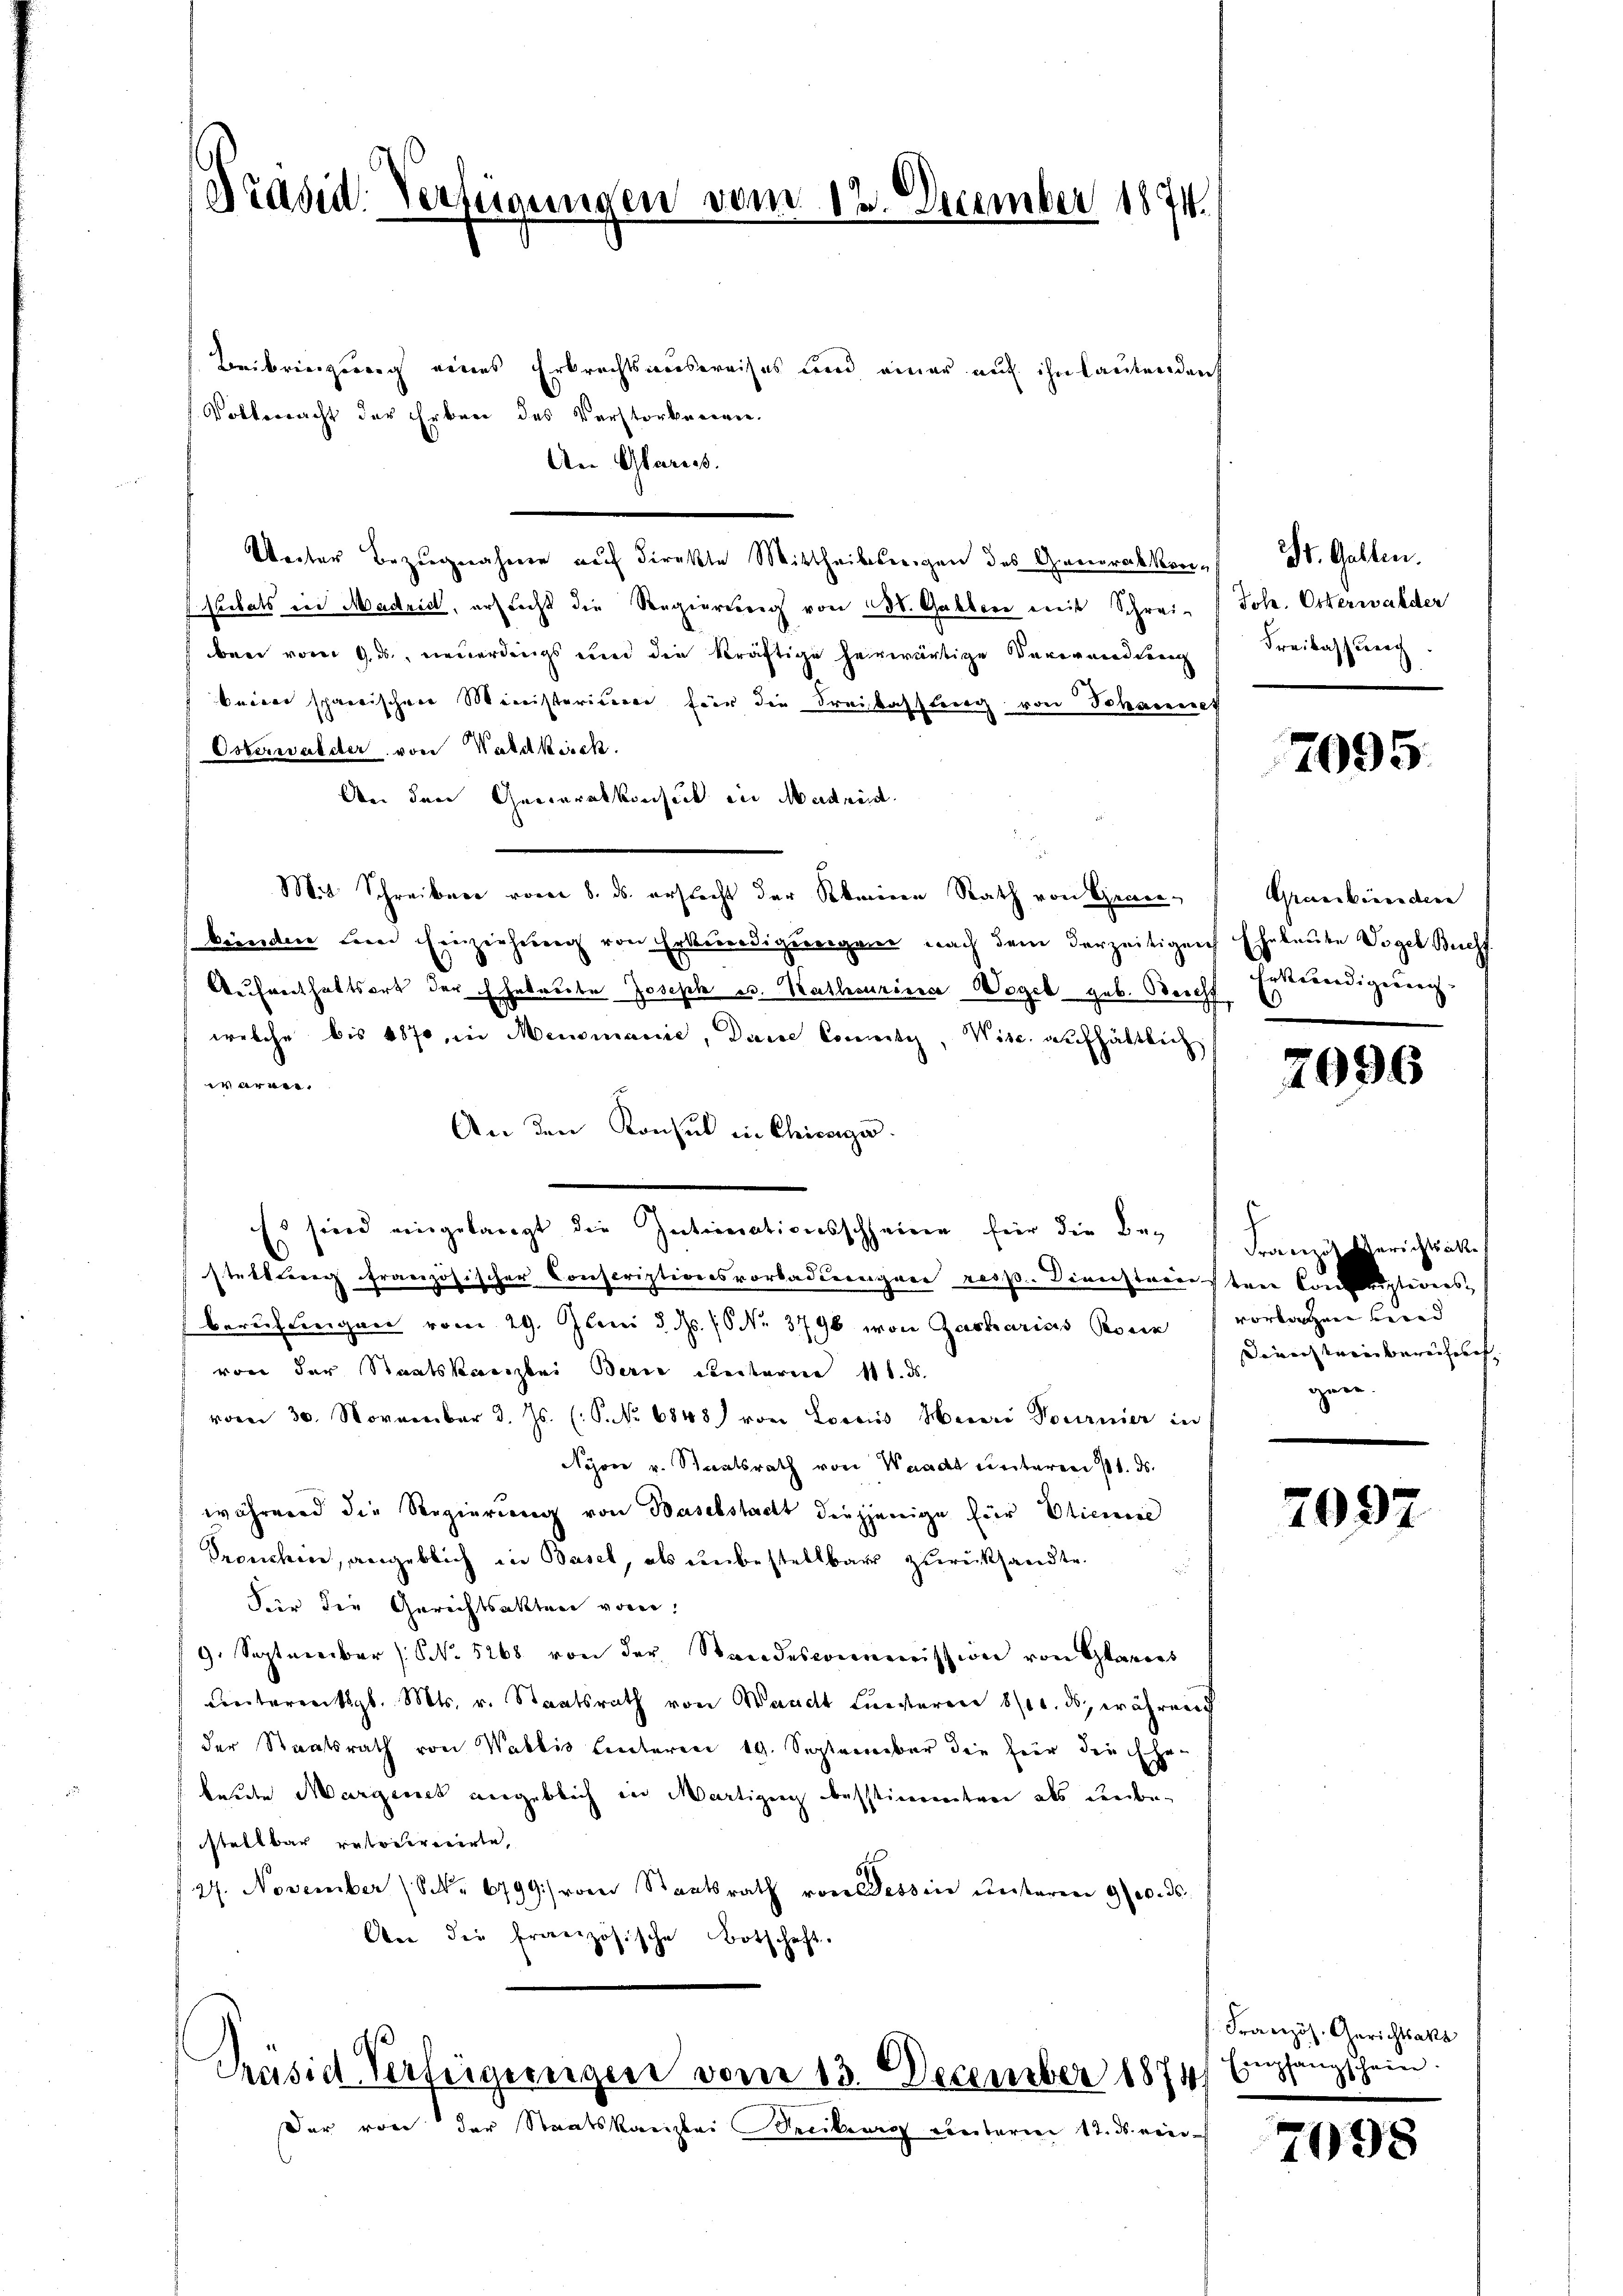
Präsid. Verfügungen vom 12. December 1874.

Beibrienzung eines Erbrechtsaussereises und einer auf ihn lautenden
(Volkerracht der Erbrei des Verstorbeneren.
An Glaruss.
Weiter Bezugnahme auf direkte Mittheilsreigen des Gerakkenslibats der Madrid, erstocht die Regierung von St. Galler mit Schreiben vom 9. ds, neuerdings und die kräftige herwärtige Verwandlung
Beier spaeischen Ministerien für die Freihkassung von Johannes
Osterwaldter von Waldkirck.
An den Generalkonseck in Medneid
Mit Schreiben vom 8. ds. erstacht der keinen Rath von Gener-
kinden dem Einziehŭng von Erkundigungen nach dem derzeitigen Eheleute Vogel Buchf
Aufenthaltsort der Ehebaute Joseph es. Katharina Wogel geb. Reicht
welche bis 1870, in Mensmanie, Deine Commityz, Wisc. aufhältlich
 arbe
An den Konsul in Chicaga.
Es sind eingelangt die Intimationsscheine für die Be-
stellberg französischer Conscriptionsvorbadlerngarn resp. Dienstreinsten Conceptivers
beruflingen vom 29. Juni d. d. 16 No. 3796 von Zacharias Bour vorlagene Bered
von der Staatskanzlei Berie unterm 11. ds.
vom 30. November d. Js. (S. Nr. 6848) von Locaris Heinri Nournier in
Nyon v. Staatsrath von Waadt unteren 11. ds.
während die Regierung von Baselstadt diejenige für Etienne
Pronchen, angeblich in Basel, als unbestellbar zurückstandte.
Für die Gerichtsakten vom
9. September (NNo. 5268 von der Standescommission von Glaes
Unterentigl. Mts. v. Staatsrath von Waadt Liesterer 8/10. ds, während
der Staatsrath von Wallis hinteren 19. September die fier die Ehe-
leute Margenes angeblich in Martigen besstimmten als unbestellbar ratociretirte,
.
27. November (NNr 6799/ von Staatsrath von Tessin unteren Gelds
An die französische Botschaft.

Präsid Verfeigereigen vom 13. December 1874. Empfangschein

Der von der Staatskanzlei denken unterm 12. ds. ein¬

Dr. Galten.
Joh. Osterwalder
Freibachstreich

Granbirendene
Erkennedigung. |
.

2095.

7096

Franz Berichtsak
Deuerstriebereicheres
gnen.

7097.

Französ. Gerichtsakt

7098